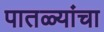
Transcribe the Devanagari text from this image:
पातळ्यांचा